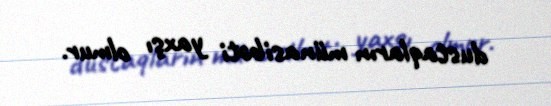
dustaqların münasibəti yaxşı olmur.